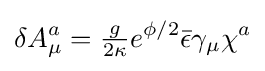
\delta A_{\mu }^{a}={\tfrac {g}{2\kappa }}e^{\phi /2}{\bar {\epsilon }}\gamma _{\mu }\chi ^{a}